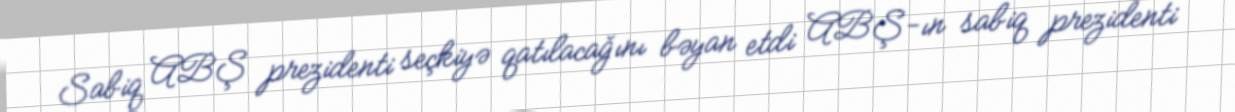
Sabiq ABŞ prezidenti seçkiyə qatılacağını bəyan etdi ABŞ-ın sabiq prezidenti